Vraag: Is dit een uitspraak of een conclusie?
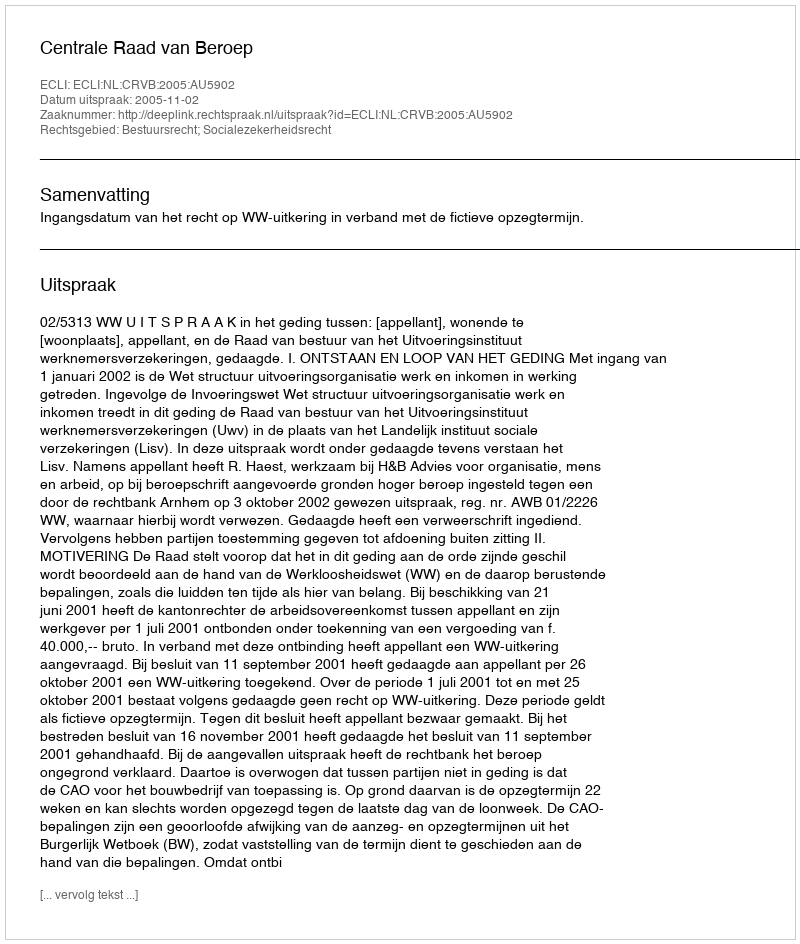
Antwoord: Uitspraak